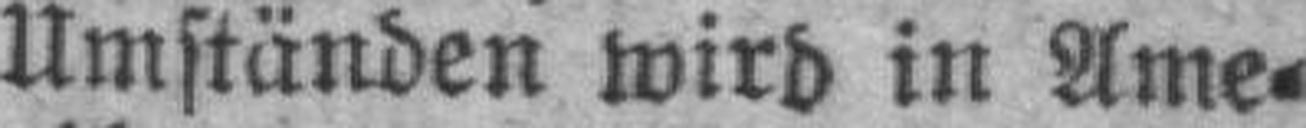
Umständen wird in Ame¬